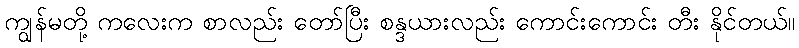
ကျွန်မတို့ ကလေးက စာလည်း တော်ပြီး စန္ဒယားလည်း ကောင်းကောင်း တီး နိုင်တယ်။